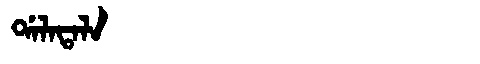
Manchu: ᡩᠠᠯᠠᡨᠠᠯᠠ
Romanization: DALATALA